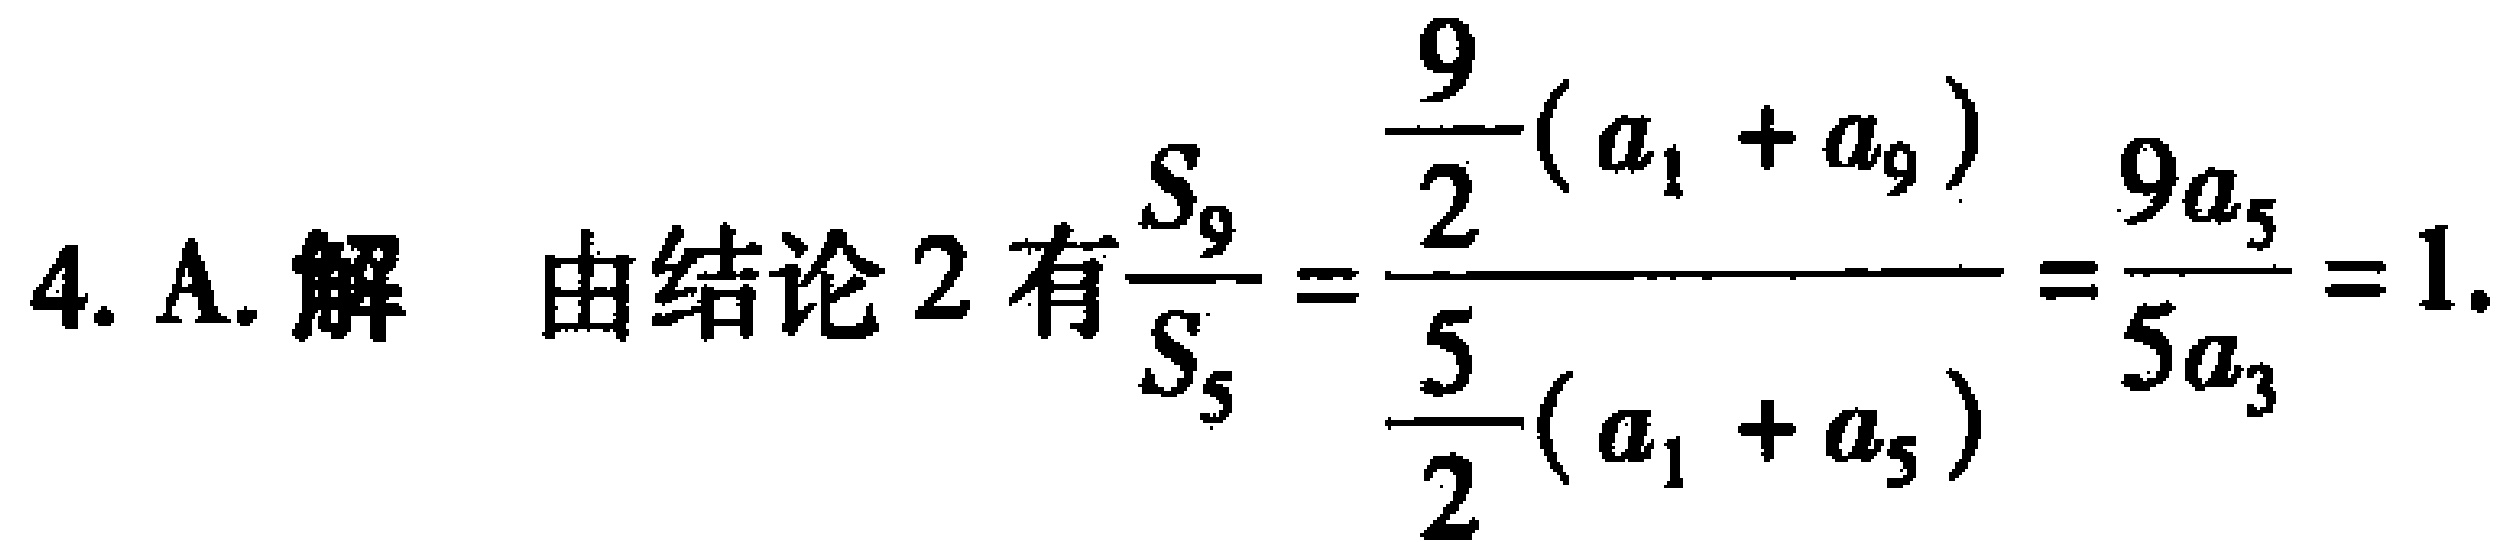
4. A. 解 由结论 2 有$\frac{S_{9}}{S_{5}}=\frac{\frac{9}{2}(a_{1}+a_{9})}{\frac{5}{2}(a_{1}+a_{5})}=\frac{9a_{5}}{5a_{3}} = 1.$